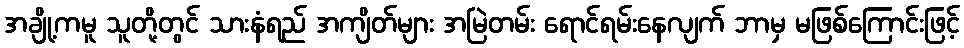
အချို့ကမူ သူတို့တွင် သားနံရည် အကျိတ်များ အမြဲတမ်း ရောင်ရမ်းနေလျက် ဘာမှ မဖြစ်ကြောင်းဖြင့်